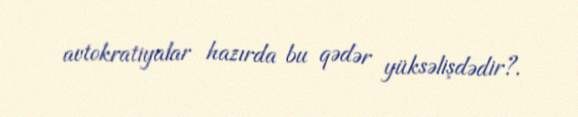
avtokratiyalar hazırda bu qədər yüksəlişdədir?.